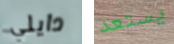
دايلي يستعد